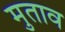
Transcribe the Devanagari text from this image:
मुताव